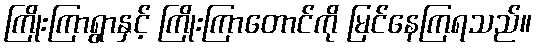
ကြိုးကြာရွာနှင့် ကြိုးကြာတောင်ကို မြင်နေကြရသည်။